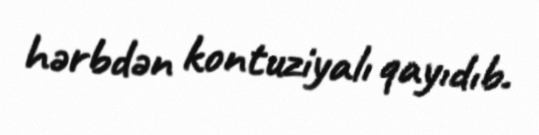
hərbdən kontuziyalı qayıdıb.